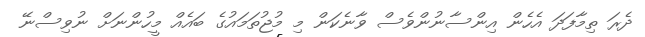
ދެރަ ތިމާފަދަ އެހެން އިންސާނުންވެސް ވާނެކަން މި މުޖުތަމައުގެ ބައެއް މީހުންނަށް ނުވިސްނޭ